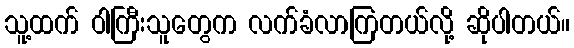
သူ့ထက် ဝါကြီးသူတွေက လက်ခံလာကြတယ်လို့ ဆိုပါတယ်။